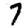
Digit: 7